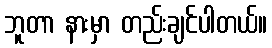
ဘူတာ နားမှာ တည်းချင်ပါတယ်။